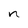
Character: n